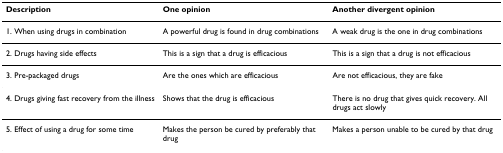
<table><thead><tr><td><b>Description</b></td><td><b>One opinion</b></td><td><b>Another divergent opinion</b></td></tr></thead><tbody><tr><td>1. When using drugs in combination</td><td>A powerful drug is found in drug combinations</td><td>A weak drug is the one in drug combinations</td></tr><tr><td>2. Drugs having side effects</td><td>This is a sign that a drug is efficacious</td><td>This is a sign that a drug is not efficacious</td></tr><tr><td>3. Pre-packaged drugs</td><td>Are the ones which are efficacious</td><td>Are not efficacious, they are fake</td></tr><tr><td>4. Drugs giving fast recovery from the illness</td><td>Shows that the drug is efficacious</td><td>There is no drug that gives quick recovery. All drugs act slowly</td></tr><tr><td>5. Effect of using a drug for some time</td><td>Makes the person be cured by preferably that drug</td><td>Makes a person unable to be cured by that drug</td></tr></tbody></table>